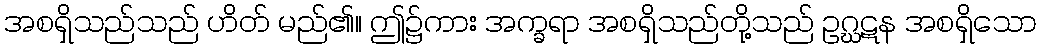
အစရှိသည်သည် ဟိတ် မည်၏။ ဤ၌ကား အက္ခရာ အစရှိသည်တို့သည် ဥဂ္ဃဋန အစရှိသော